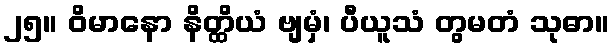
၂၅။ ဝိမာနော နိတ္ထိယံ ဗျမှံ၊ ပီယူသံ တွမတံ သုဓာ။